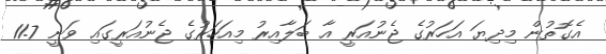
އެގޮތުން މިދިޔަ އަހަރުގެ ޖެނުއަރީ އާ ބަލާއިރު މިއަހަރުގެ ޖެނުއަރީގައި ވަނީ 11.7